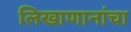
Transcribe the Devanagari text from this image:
लिखाणानांचा